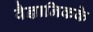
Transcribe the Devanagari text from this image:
वैज्ञानिकके